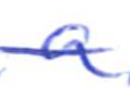
Text: a
Cross-out: single-line
Writing tool: ballpoint